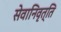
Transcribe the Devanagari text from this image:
सेवानिवृत्‍ति